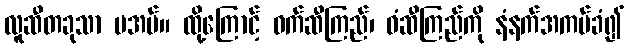
လူဆီတခုသာ မအပ်။ ထို့ကြောင့် ဝက်ဆီကြည်၊ ဝံဆီကြည်ကို နံနက်အကပ်ခံ၍